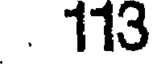
. 113